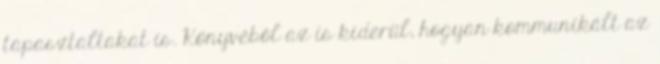
tapasztaltakat is. Könyvéből az is kiderül, hogyan kommunikált az